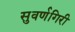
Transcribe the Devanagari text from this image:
सुवर्णगिरी